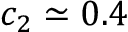
c _ { 2 } \simeq 0 . 4